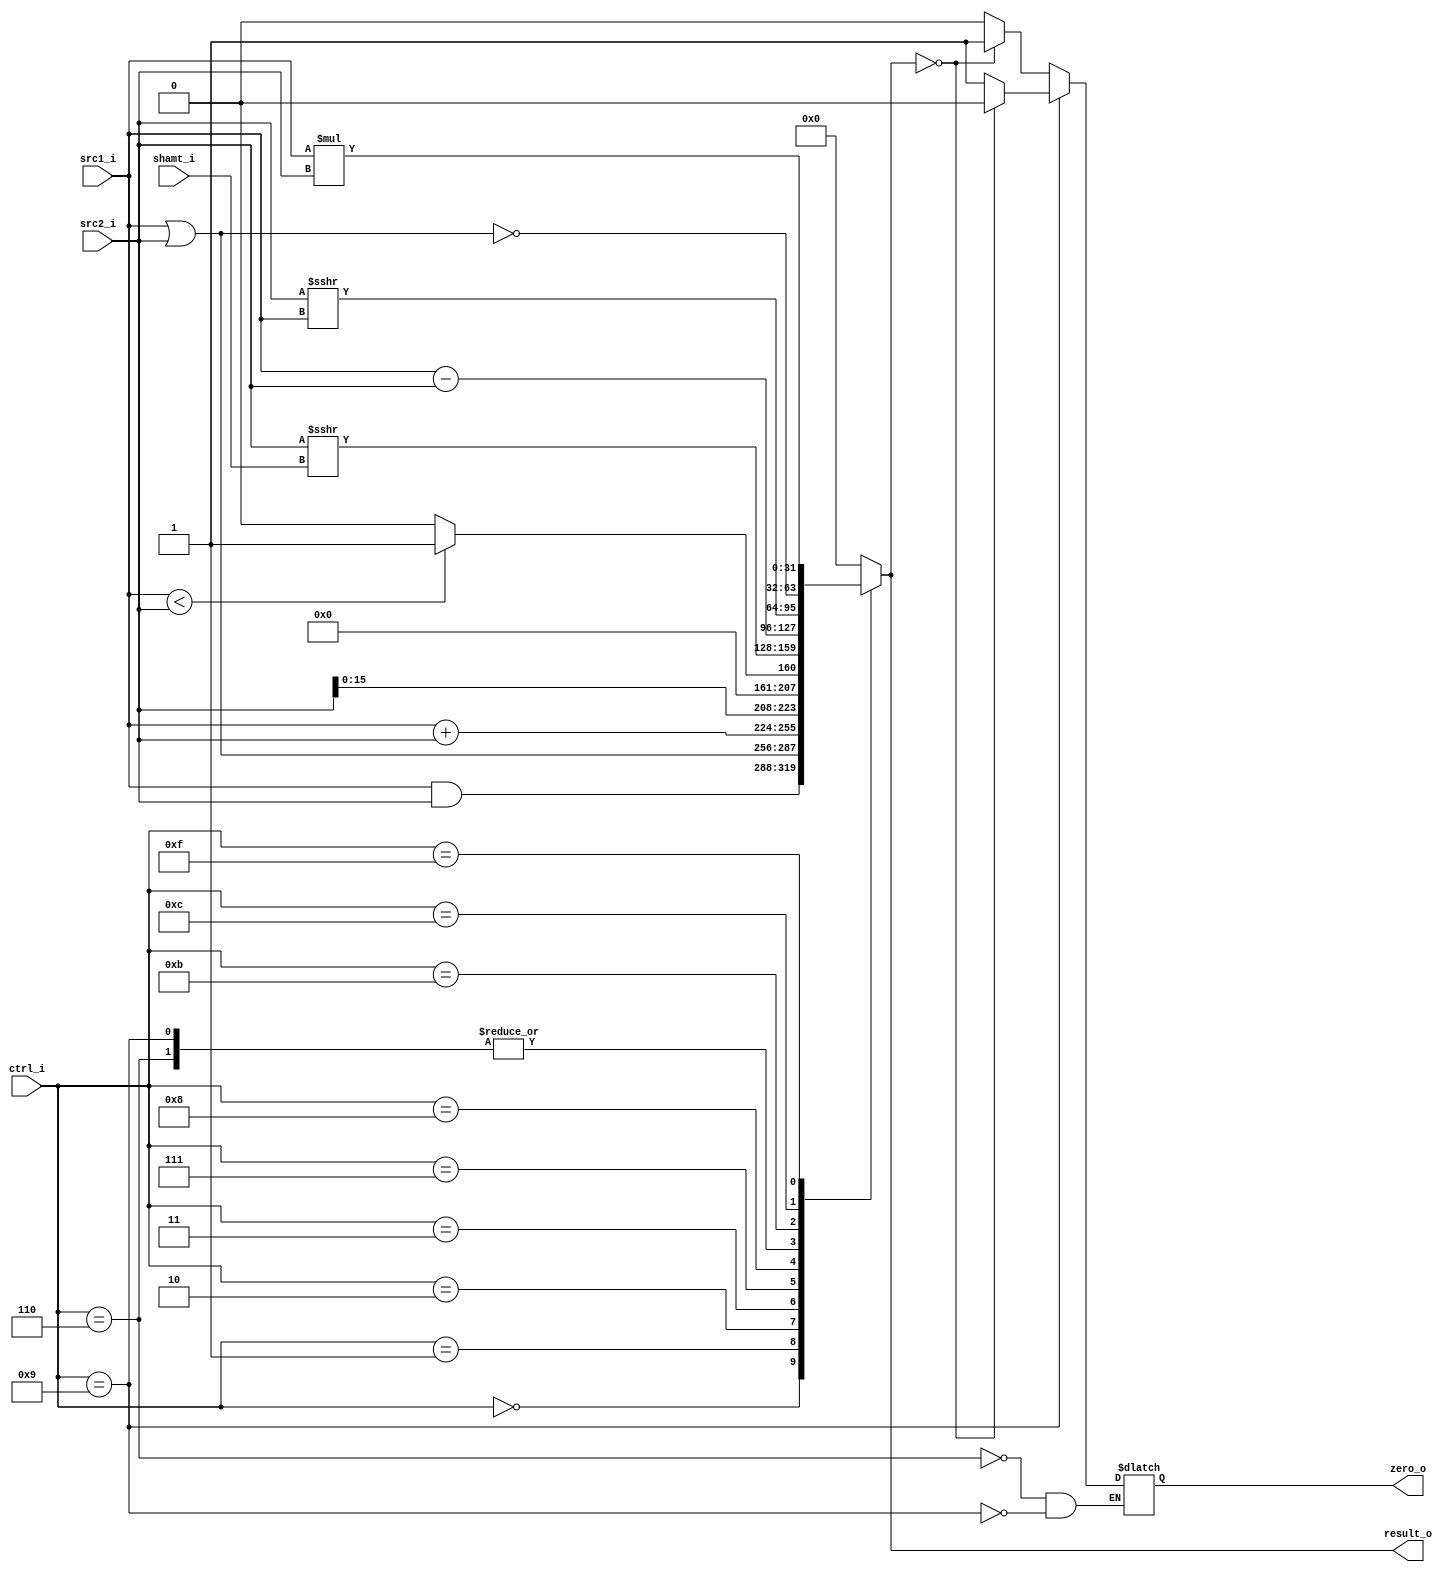
//0516016   0516225 
//Subject:     CO project 2 - ALU
//--------------------------------------------------------------------------------
//Version:     1
//--------------------------------------------------------------------------------
//Writer: 0516016   0516225      
//----------------------------------------------
//Date:        
//----------------------------------------------
//Description: 
//--------------------------------------------------------------------------------

module ALU(
    src1_i,
	src2_i,
	ctrl_i,
	shamt_i,
	result_o,
	zero_o
	);
     
//I/O ports
input  [32-1:0]  src1_i;
input  [32-1:0]	 src2_i;
input  [4-1:0]   ctrl_i;
input  [5-1:0]   shamt_i;

output [32-1:0]	 result_o;
output           zero_o;

//Internal signals
reg    [32-1:0]  result_o;
reg             zero_o;

//Parameter



//Main function
always @( * ) begin
	case (ctrl_i)
		0: result_o <= src1_i & src2_i;
		1: result_o <= src1_i | src2_i;						//or , ori
		2: result_o <= src1_i + src2_i;
		3: result_o <= src2_i << 16;						//lui
		6: begin
			result_o <= src1_i - src2_i;
			zero_o <= (result_o == 0) ? 1 : 0;  			//beq
			end						
		7: result_o <= src1_i < src2_i ? 1 : 0;				//slt
		8: result_o <= $signed(src2_i) >>> shamt_i;  		//sra
		9: 	begin
			result_o <= src1_i - src2_i;
			zero_o <= (result_o == 0) ? 0 : 1;  			//bne
			end
		11: result_o <= $signed(src2_i) >>> src1_i;			//srav
		12: result_o <= ~(src1_i | src2_i);					//result is nor
		15: result_o <= src1_i * src2_i;
		default: result_o <= 0;
	endcase
end

endmodule